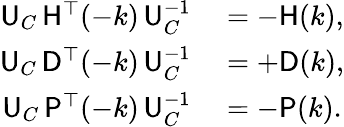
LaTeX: \begin{array}{rl}{{\sf U}_{C}\, {\sf H}^{\top}(-k)\, {\sf U}_{C}^{-1}}&{{}=-{\sf H}(k),}\\ {{\sf U}_{C}\, {\sf D}^{\top}(-k)\, {\sf U}_{C}^{-1}}&{{}=+{\sf D}(k),}\\ {{\sf U}_{C}\, {\sf P}^{\top}(-k)\, {\sf U}_{C}^{-1}}&{{}=-{\sf P}(k).}\end{array}